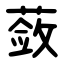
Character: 蔹